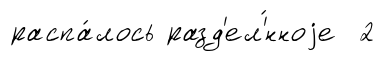
распа́лось разд'ел'́нноjе 2